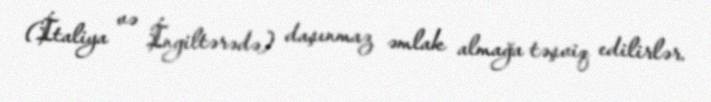
(İtaliya və İngiltərədə) daşınmaz əmlak almağa təşviq edilirlər.